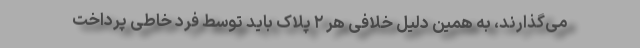
می‌گذارند، به همین دلیل خلافی هر ۲ پلاک باید توسط فرد خاطی پرداخت